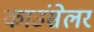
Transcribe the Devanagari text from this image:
काउंसेलर